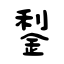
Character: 鋫